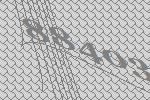
88403